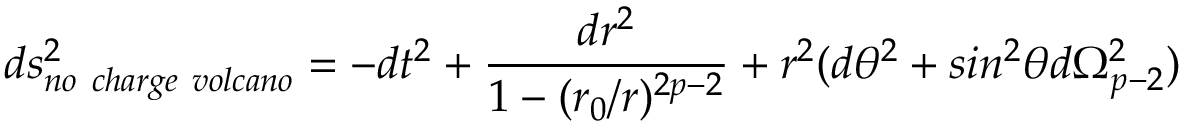
d s _ { n o \ c h a r g e \ v o l c a n o } ^ { 2 } = - d t ^ { 2 } + \frac { d r ^ { 2 } } { 1 - ( r _ { 0 } / r ) ^ { 2 p - 2 } } + r ^ { 2 } ( d \theta ^ { 2 } + s i n ^ { 2 } \theta d \Omega _ { p - 2 } ^ { 2 } )